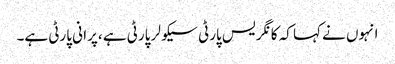
انہوں نے کہا کہ کا نگر یس پارٹی سیکو لر پارٹی ہے ،پرا نی پارٹی ہے۔